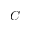
C